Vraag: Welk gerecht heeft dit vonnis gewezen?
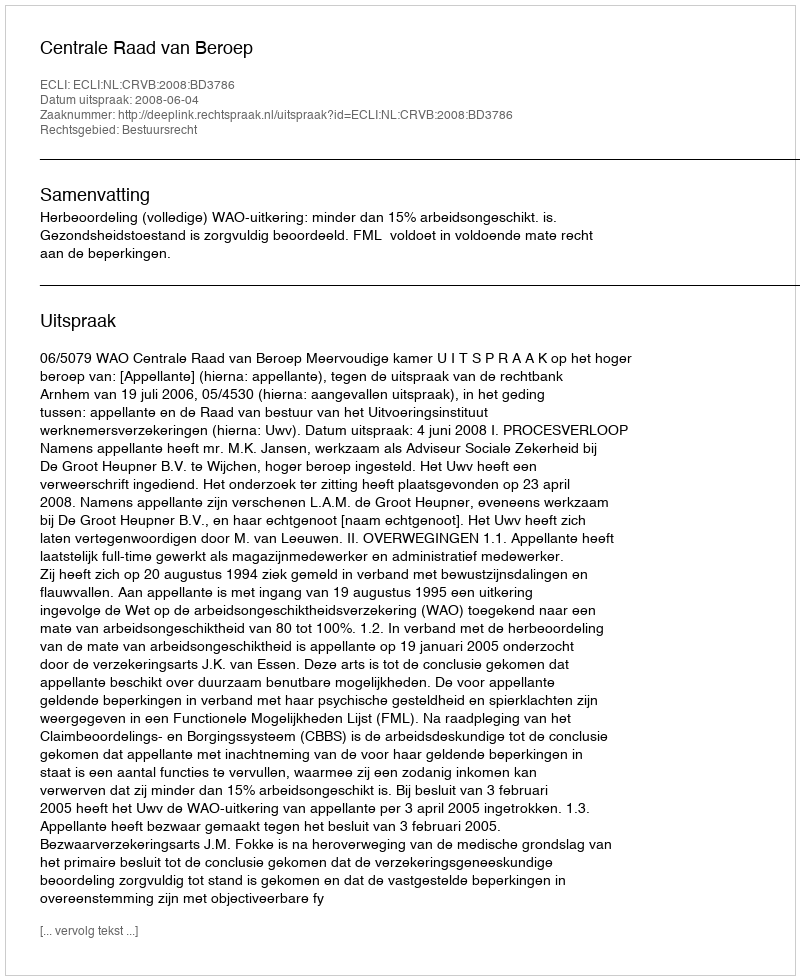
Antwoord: Centrale Raad van Beroep